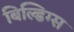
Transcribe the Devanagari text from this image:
बिल्डिग्स